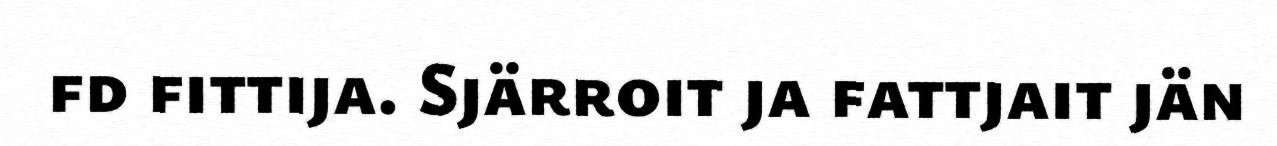
fd fittija. Sjärroit ja fattjait jän